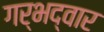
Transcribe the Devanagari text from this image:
गर्भद्वार